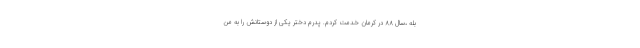
بله ،سال ۸۸ در کرمان خدمت کردم. پدرم دختر یکی از دوستانش را به من